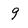
Character: 9